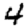
Digit: 4